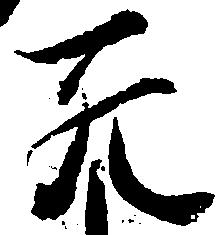
死